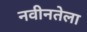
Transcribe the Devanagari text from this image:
नवीनतेला